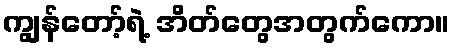
ကျွန်တော့်ရဲ့ အိတ်တွေအတွက်ကော။